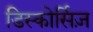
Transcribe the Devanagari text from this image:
डिस्कोर्सिज़